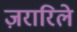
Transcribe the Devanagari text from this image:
ज़रारिले